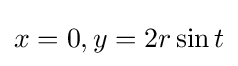
x=0,y=2r\sin t\,\!